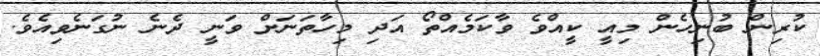
ކުރިން ބުނިހެން މިއީ ކީއްވެ ވާކަމެއްތޯ އަދި މިހާތަނަށް ވަނީ ދެނެ ނުގަނެވިއެވެ.